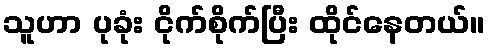
သူဟာ ပုခုံး ငိုက်စိုက်ပြီး ထိုင်နေတယ်။